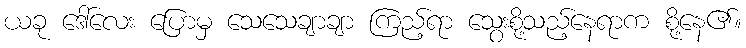
ယခု ဒေါ်လေး ပြောမှ သေသေချာချာ ကြည့်ရာ သွေးစို့သည့်နေရာက စို့နေ၏။